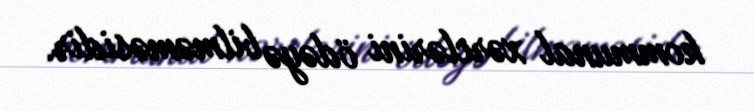
kommunal xərclərini ödəyə bilməməsidir.